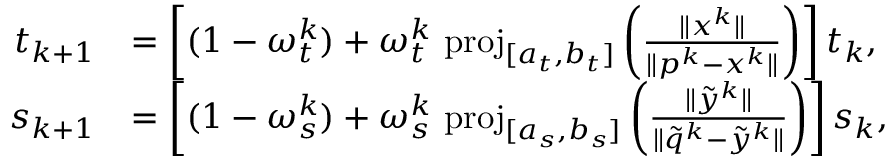
\begin{array} { r l } { t _ { k + 1 } } & { = \left[ ( 1 - \omega _ { t } ^ { k } ) + \omega _ { t } ^ { k } \mathrm { ~ p r o j } _ { [ a _ { t } , b _ { t } ] } \left( \frac { \Vert x ^ { k } \Vert } { \Vert p ^ { k } - x ^ { k } \Vert } \right) \right] t _ { k } , } \\ { s _ { k + 1 } } & { = \left[ ( 1 - \omega _ { s } ^ { k } ) + \omega _ { s } ^ { k } \mathrm { ~ p r o j } _ { [ a _ { s } , b _ { s } ] } \left( \frac { \Vert \tilde { y } ^ { k } \Vert } { \Vert \tilde { q } ^ { k } - \tilde { y } ^ { k } \Vert } \right) \right] s _ { k } , } \end{array}